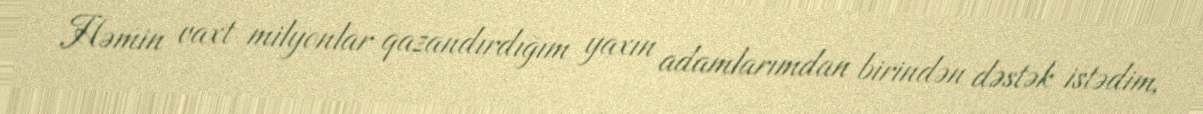
Həmin vaxt milyonlar qazandırdığım yaxın adamlarımdan birindən dəstək istədim,